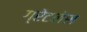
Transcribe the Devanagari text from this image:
ग्रेटनेस